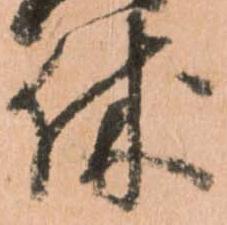
休